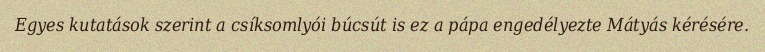
Egyes kutatások szerint a csíksomlyói búcsút is ez a pápa engedélyezte Mátyás kérésére.